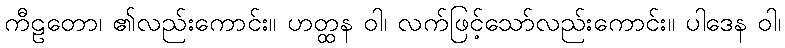
ကီဠတော၊ ၏လည်းကောင်း။ ဟတ္ထန ဝါ၊ လက်ဖြင့်သော်လည်းကောင်း။ ပါဒေန ဝါ၊